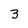
Character: 3